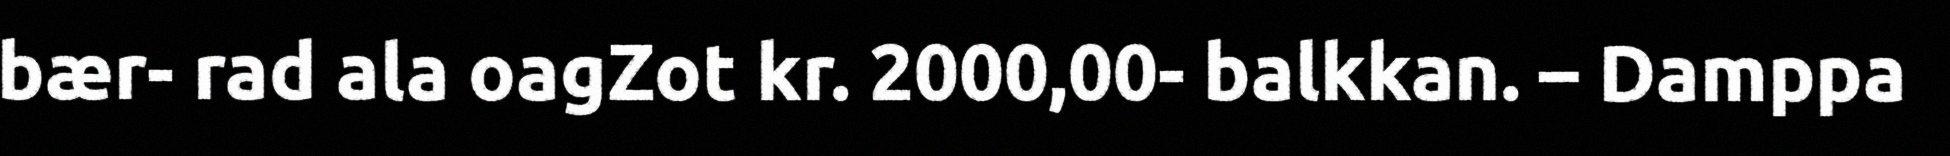
bær- rad ala oagZot kr. 2000,00- balkkan. – Damppa